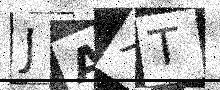
Text: JAXT